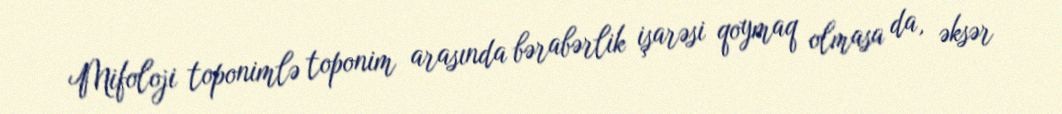
Mifoloji toponimlə toponim arasında bərabərlik işarəsi qoymaq olmasa da, əksər